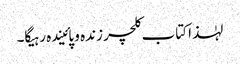
لہٰذا کتاب کلچر زندہ و پائیندہ رہیگا۔